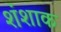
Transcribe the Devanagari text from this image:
शंशाक